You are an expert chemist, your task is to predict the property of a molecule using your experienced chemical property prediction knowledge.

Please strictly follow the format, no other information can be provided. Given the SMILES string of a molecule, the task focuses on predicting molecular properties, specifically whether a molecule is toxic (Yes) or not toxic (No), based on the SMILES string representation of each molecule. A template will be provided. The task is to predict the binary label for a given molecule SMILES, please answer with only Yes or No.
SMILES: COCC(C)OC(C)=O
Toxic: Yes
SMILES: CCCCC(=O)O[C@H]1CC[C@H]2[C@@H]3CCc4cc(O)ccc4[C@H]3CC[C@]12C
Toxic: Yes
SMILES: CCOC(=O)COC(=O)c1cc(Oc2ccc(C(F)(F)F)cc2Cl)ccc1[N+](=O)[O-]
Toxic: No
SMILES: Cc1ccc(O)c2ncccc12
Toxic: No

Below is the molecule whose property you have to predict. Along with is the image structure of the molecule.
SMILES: CCn1cc(C(=O)O)c(=O)c2cnc(N3CCNCC3)nc21
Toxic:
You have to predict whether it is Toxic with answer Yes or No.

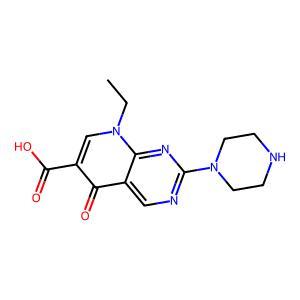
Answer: No